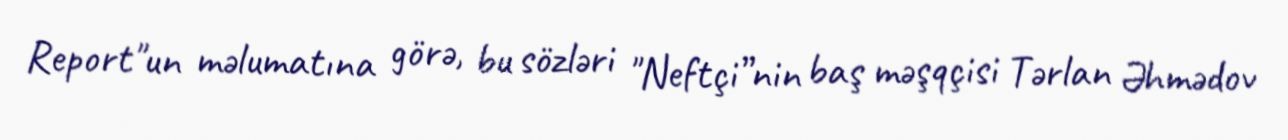
Report"un məlumatına görə, bu sözləri "Neftçi”nin baş məşqçisi Tərlan Əhmədov